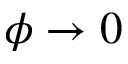
\phi \rightarrow 0